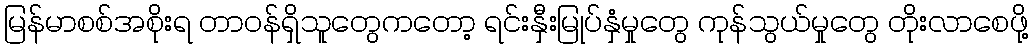
မြန်မာစစ်အစိုးရ တာဝန်ရှိသူတွေကတော့ ရင်းနှီးမြုပ်နှံမှုတွေ ကုန်သွယ်မှုတွေ တိုးလာစေဖို့